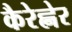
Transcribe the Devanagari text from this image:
कैरेह्नेर